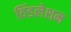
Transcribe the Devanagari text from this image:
विंडलेशम